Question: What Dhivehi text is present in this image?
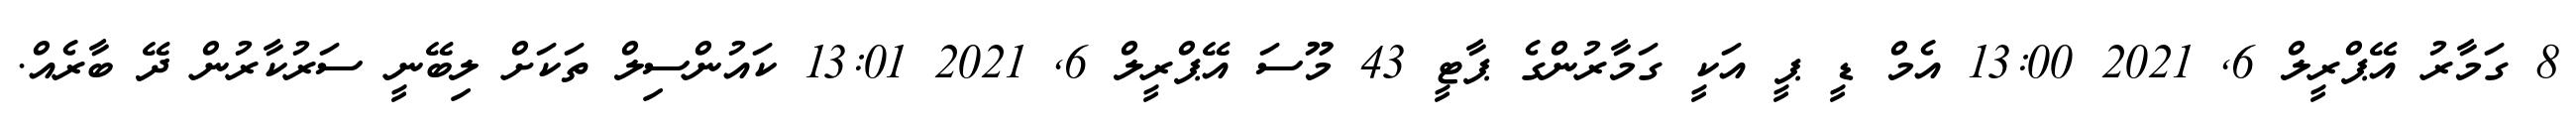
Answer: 8 ގަމާރު އޭޕްރީލް 6, 2021 13:00 އެމް ޑީ ޕީ އަކީ ގަމާރުންގެ ޕާޓީ 43 މޫސަ އޭޕްރީލް 6, 2021 13:01 ކައުންސިލް ތަކަށް ލިބޭނީ ސަރުކާރުން ދޭ ބާރެއް.